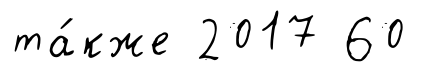
та́кже 2017 60